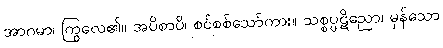
အာဂမာ၊ ကြွလေ၏။ အပိစာပိ၊ စင်စစ်သော်ကား။ သစ္စပ္ပဋိညော၊ မှန်သော